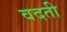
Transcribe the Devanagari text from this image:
वदती